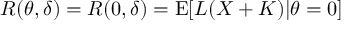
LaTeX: R ( \theta , \delta ) = R ( 0 , \delta ) = \operatorname { E } [ L ( X + K ) | \theta = 0 ]